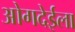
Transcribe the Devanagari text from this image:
ओगदेईला